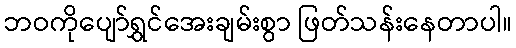
ဘဝကိုပျော်ရွှင်အေးချမ်းစွာ ဖြတ်သန်းနေတာပါ။